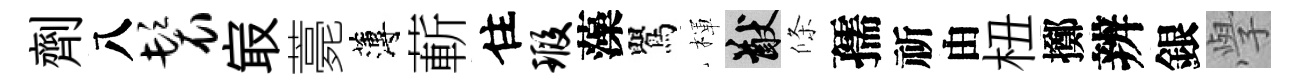
劑八鬟㝡薧薄蔪住瑕藻鸎楎猷條孺祈由杻擲辨銀𭓕